Regulations for the medical services of the Army of India
Year: 1930
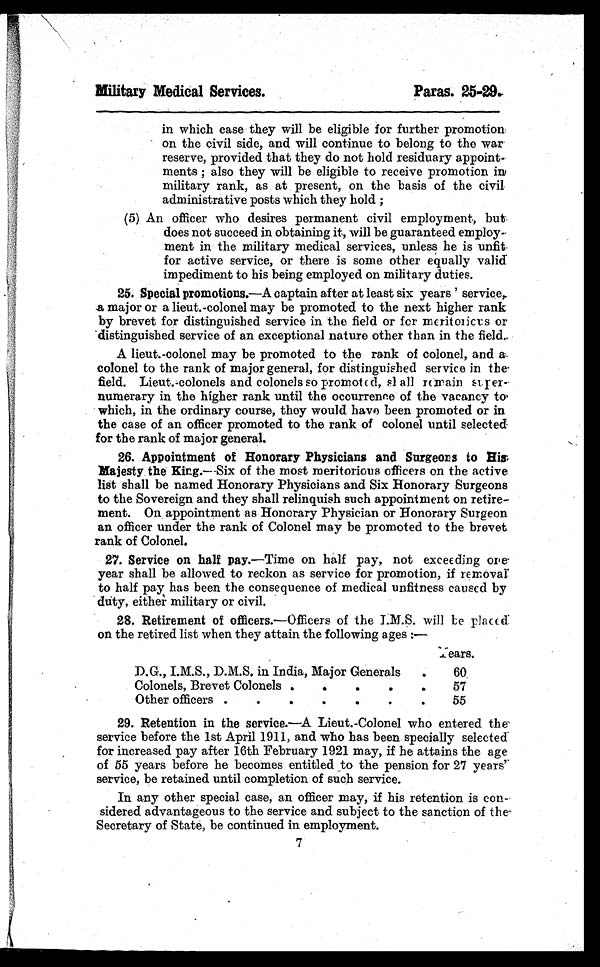
Military Medical Services.
Paras. 25-29.
in which case they will be eligible for further promotion
on the civil side, and will continue to belong to the war
reserve, provided that they do not hold residuary appoint-
ments; also they will be eligible to receive promotion in
military rank, as at present, on the basis of the civil
administrative posts which they hold;
(5) An officer who desires permanent civil employment, but
does not succeed in obtaining it, will be guaranteed employ-
ment in the military medical services, unless he is unfit
for active service, or there is some other equally valid
impediment to his being employed on military duties.
25. Special promotions.—A captain after at least six years' service,
a major or a lieut.-colonel may be promoted to the next higher rank
by brevet for distinguished service in the field or for meritoricus or
distinguished service of an exceptional nature other than in the field.
A lieut.-colonel may be promoted to the rank of colonel, and a
colonel to the rank of major general, for distinguished service in the
field. Lieut.-colonels and colonels so promoted, shall remain super-
numerary in the higher rank until the occurrence of the vacancy to
which, in the ordinary course, they would have been promoted or in
the case of an officer promoted to the rank of colonel until selected
for the rank of major general.
26. Appointment of Honorary Physicians and Surgeons to His
Majesty the King. —Six of the most meritorious officers on the active
list shall be named Honorary Physicians and Six Honorary Surgeons
to the Sovereign and they shall relinquish such appointment on retire-
ment. On appointment as Honorary Physician or Honorary Surgeon
an officer under the rank of Colonel may be promoted to the brevet
rank of Colonel.
27. Service on half pay. —Time on half pay, not exceeding one -
year shall be allowed to reckon as service for promotion, if removal
to half pay has been the consequence of medical unfitness caused by
duty, either military or civil.
28. Retirement of officers.—Officers of the I.M.S. will be placed
on the retired list when they attain the following ages:—
Y e a r s .
D.G., I.M.S., D.M.S. in India, Major Generals
60
Colonels, Brevet Colonels
57
Other officers
55
29. Retention in the service. —A Lieut.-Colonel who entered the
service before the 1st April 1911, and who has been specially selected
for increased pay after 16th February 1921 may, if he attains the age
of 55 years before he becomes entitled to the pension for 27 years'
service, be retained until completion of such service.
In any other special case, an officer may, if his retention is con-
sidered advantageous to the service and subject to the sanction of the
Secretary of State, be continued in employment.
7